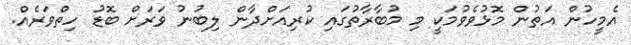
އެމީހުން އަތުން މޮޅުވެވުމަކީ މި މުބާރާތުގައި ކުރިއަށްދާން ލިބުނު ވަރަށް ބޮޑު ހިތްވަރެއް.